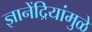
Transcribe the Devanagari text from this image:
ज्ञानेंद्रियांमुळे